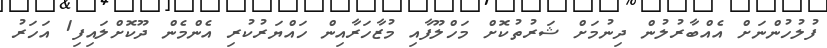
ފުލުހުންނަށް އެއްބާރުލުން ދިނުމަށް ޝަރުތުކޮށް މަހްލޫފާއި މުޒާހަރާއިން ހައްޔަރުކުރި އެންމެން ދޫކޮށްލައިފި1 އަހަރު